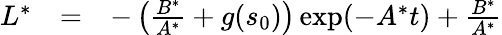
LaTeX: \begin{array}{rcl}{L^{*}}&{=}&{-\left(\frac{B^{*}}{A^{*}}+g(s_{0})\right)\exp(-A^{*}t)+\frac{B^{*}}{A^{*}}}\end{array}